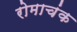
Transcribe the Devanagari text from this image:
रोमाचंक